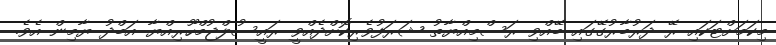
މިކަމަށްޓަކައި ރޭ ދަރުބާރުގޭގައި ބޭއްވި ރަސްމިއްޔާތު ޝަރަފުވެރިކޮށްދެއްވީ ރައީސުލްޖުމްހޫރިއްޔާ އަބްދު ޔާމިން އެވެ.